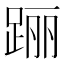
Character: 𰸐